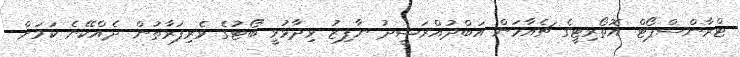
ޓްރާންސްޕޯޓް އޮތޯރިޓީގެ ޗެއާމަން އަބްދުއްރަޝީދު ނާފިޒު ވިދާޅުވީ ބޯޓުގެ ވެރިފަރާތުން ދެއްކޭނެ ކަމަށް